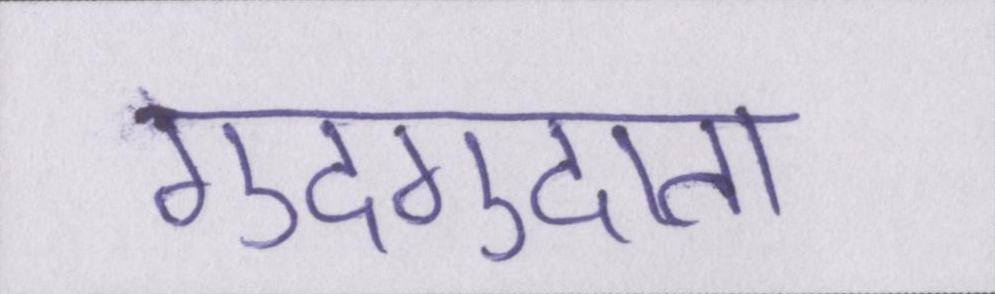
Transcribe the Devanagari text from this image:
गुदगुदाता